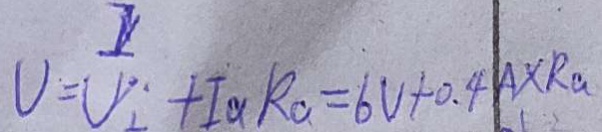
V = V _ { 2 } + I _ { a } k a = 6 v + 0 . 4 A \times R a